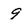
Character: 9